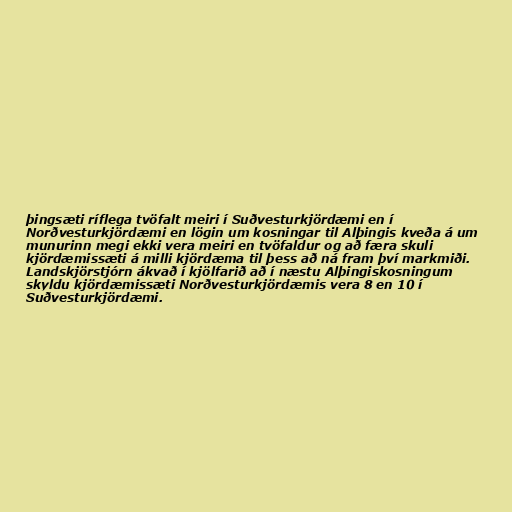
þingsæti ríflega tvöfalt meiri í Suðvesturkjördæmi en í
Norðvesturkjördæmi en lögin um kosningar til Alþingis kveða á um
munurinn megi ekki vera meiri en tvöfaldur og að færa skuli
kjördæmissæti á milli kjördæma til þess að ná fram því markmiði.
Landskjörstjórn ákvað í kjölfarið að í næstu Alþingiskosningum
skyldu kjördæmissæti Norðvesturkjördæmis vera 8 en 10 í
Suðvesturkjördæmi.